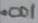
Text: .001